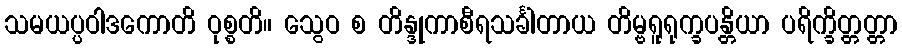
သမယပ္ပဝါဒကောတိ ဝုစ္စတိ။ သွေဝ စ တိန္ဒုကာစီရသင်္ခါတာယ တိမ္ဗရူရုက္ခပန္တိယာ ပရိက္ခိတ္တတ္တာ